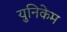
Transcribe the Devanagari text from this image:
युनिकेम